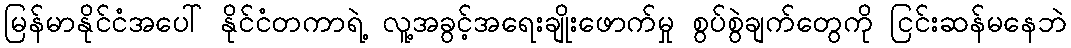
မြန်မာနိုင်ငံအပေါ် နိုင်ငံတကာရဲ့ လူ့အခွင့်အရေးချိုးဖောက်မှု စွပ်စွဲချက်တွေကို ငြင်းဆန်မနေဘဲ